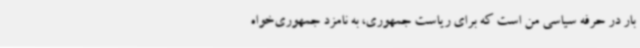
بار در حرفه سیاسی من است که برای ریاست جمهوری، به نامزد جمهوری‌خواه